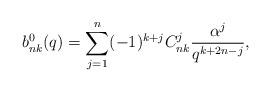
LaTeX: \begin{align*} b_{nk}^0(q)= \sum_{j=1}^n (-1)^{k+j} C_{nk}^j \frac{\alpha^j}{q^{k+2n-j}},\end{align*}